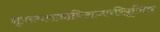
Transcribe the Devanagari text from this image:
नृपस्यराजाधिराजपरिपूजित